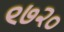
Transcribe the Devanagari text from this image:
९७२०